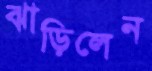
ঝাড়িলেন